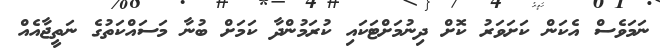
ނަމަވެސް އެކަން ކަށަވަރު ކޮށް ދިނުމަށްޓަކައި ކުރަމުންދާ ކަމަށް ބުނާ މަސައްކަތުގެ ނަތީޖާއެއް